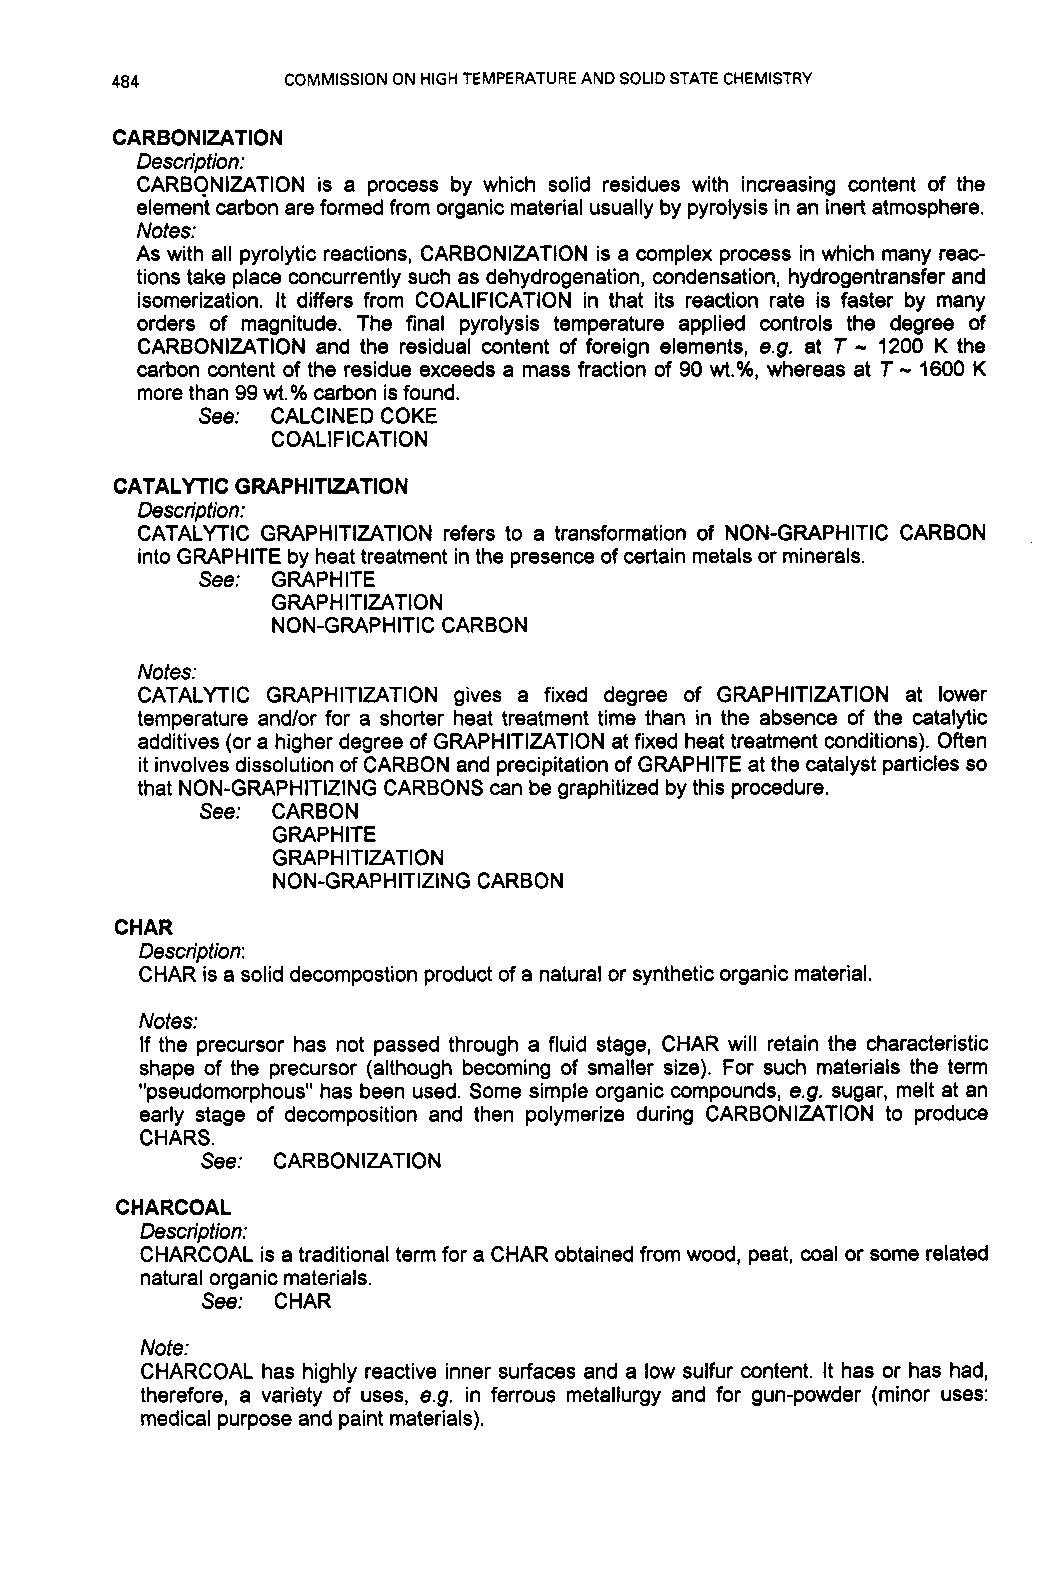
484         COMMISSION ON HIGH TEMPERATURE AND SOLID STATE CHEMISTRY
 CARBONIZATION
 Description:
 CARBONIZATION is a process by which solid residues with increasing content of the
 element carbon are formed from organic material usually by pyrolysis in an inert atmosphere.
 Notes:
 As with all pyrolytic reactions, CARBONIZATION is a complex process in which many reac-
 tions take place concurrently such as dehydrogenation, condensation, hydrogentransfer and
 isomerization. It differs from COALlFlCATlON in that its reaction rate is faster by many
 orders of magnitude. The final pyrolysis temperature applied controls th-e degree of
 CARBONIZATION and the residual content of foreign elements, e.g. at T 12-0 0 K the
 carbon content of the residue exceeds a mass fraction of 90 wt.%, whereas at T 1600 K
 more than 99 wt.% carbon is found.
 See: CALCINED COKE
 COALlFlCATlON
 CATALYTIC GRAPHITIZATION
 Description:
 CATALYTIC GRAPHITIZATION refers to a transformation of NON-GRAPHITIC CARBON
 into GRAPHITE by heat treatment in the presence of certain metals or minerals.
 See: GRAPHITE
 GRAPHITIZATION
 NON-GRAPHITIC CARBON
 Notes:
 CATALYTIC GRAPHITIZATION gives a fixed degree of GRAPHITIZATION at lower
 temperature andlor for a shorter heat treatment time than in the absence of the catalytic
 additives (or a higher degree of GRAPHITIZATION at fixed heat treatment conditions). Often
 it involves dissolution of CARBON and precipitation of GRAPHITE at the catalyst particles so
 that NON-GRAPHITIZING CARBONS can be graphitized by this procedure.
 See: CARBON
 GRAPHITE
 GRAPHITIZATION
 NON-GRAPHITIZING CARBON
 CHAR
 Description:
 CHAR is a solid decompostion product of a natural or synthetic organic material.
 Notes:
 If the precursor has not passed through a fluid stage, CHAR will retain the characteristic
 shape of the precursor (although becoming of smaller size). For such materials the term
 "pseudomorphous" has been used. Some simple organic compounds, e.g. sugar, melt at an
 early stage of decomposition and then polymerize during CARBONIZATION to produce
 CHARS.
 See: CARBONIZATION
 CHARCOAL
 Description:
 CHARCOAL is a traditional term for a CHAR obtained from wood, peat, coal or some related
 natural organic materials.
 See: CHAR
 Note:
 CHARCOAL has highly reactive inner surfaces and a low sulfur content. It has or has had,
 therefore, a variety of uses, e.g. in ferrous metallurgy and for gun-powder (minor uses:
 medical purpose and paint materials).